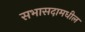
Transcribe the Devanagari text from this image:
सभासदामधील